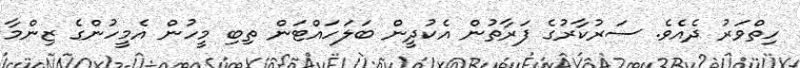
ހިތްވަރު ދެއެވެ. ސަރުކާރުގެ ފަރާތުން އެކުދީން ބަލަހައްޓަން ތިބި މީހުން އެމީހުންގެ ޒިންމާ